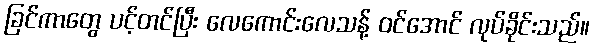
ခြင်ကာတွေ ပင့်တင်ပြီး လေကောင်းလေသန့် ဝင်အောင် လုပ်ခိုင်းသည်။